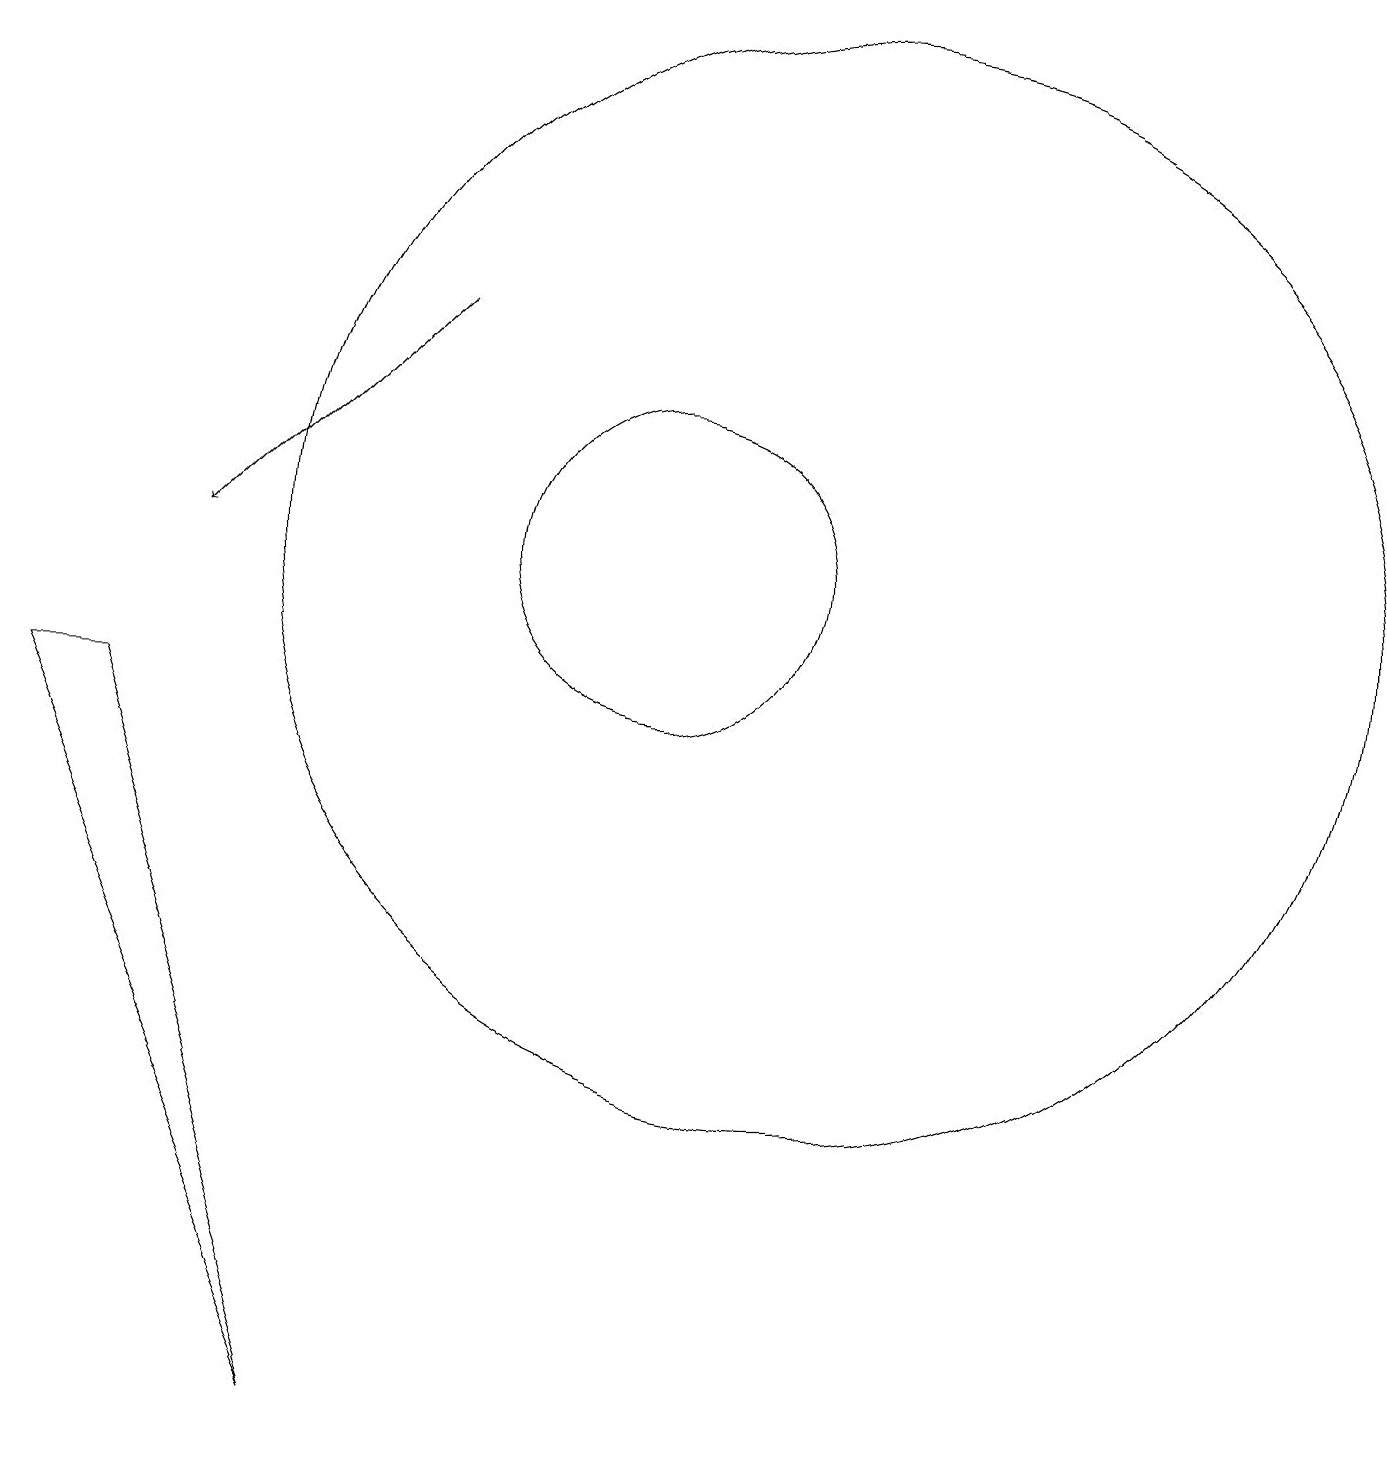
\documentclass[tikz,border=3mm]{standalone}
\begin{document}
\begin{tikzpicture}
\draw (6,0) -- (2,9) -- (3,9) -- cycle;
\draw (12,11) circle (7);
\draw (10,11) circle (2);
\draw[->] (7,14) -- (4,11);
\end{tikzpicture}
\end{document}